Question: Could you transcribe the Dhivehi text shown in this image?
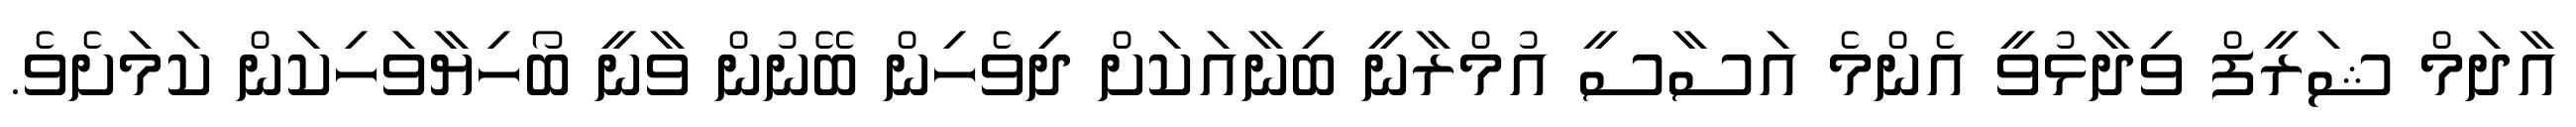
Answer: އާދަމް ޝަރީފް ވިދާޅުވީ އެންމެ އަސާސީ އުމްރާނީ ބިނާއަކަށް ދިވެހިން ބޭނުން ވާނީ ބޯހިޔާވަހިކަން ކަމަށެވެ.